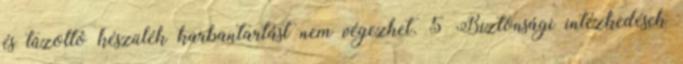
és tûzoltó készülék karbantartást nem végezhet. 5 Biztonsági intézkedések